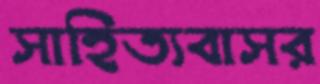
সাহিত্যবাসর